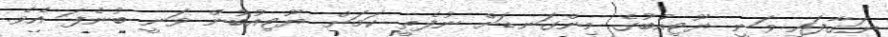
ނަގާފައި ވަނީ ޔޫޓިއުބުގެ މިންގަނޑަށް ނުފެތީ ކަމަށް ޔޫޓިއުބުން ވަނީ ބުނެފަ އެވެ.